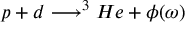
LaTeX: p + d \longrightarrow ^ { 3 } H e + \phi ( \omega )